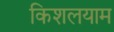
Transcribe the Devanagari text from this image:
किशलयाम